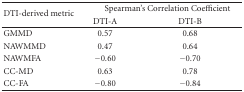
| <ROWSPAN=2> DTI-derived metric | <COLSPAN=2> Spearman's Correlation Coefficient |
 | DTI-A | DTI-B |
 | --- | --- | --- |
 | GMMD | 0.57 | 0.68 |
 | NAWMMD | 0.47 | 0.64 |
 | NAWMFA | −0.60 | −0.70 |
 | CC-MD | 0.63 | 0.78 |
 | CC-FA | −0.80 | −0.84 |